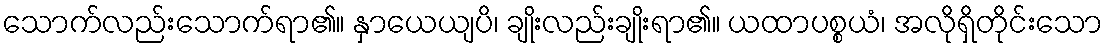
သောက်လည်းသောက်ရာ၏။ နှာယေယျပိ၊ ချိုးလည်းချိုးရာ၏။ ယထာပစ္စယံ၊ အလိုရှိတိုင်းသော